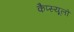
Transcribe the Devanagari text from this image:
कैप्स्यूलों